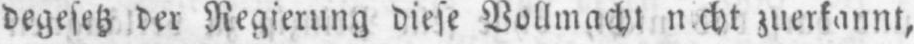
zuerkannt,